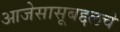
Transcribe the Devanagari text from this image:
आजेसासूबद्दलचे